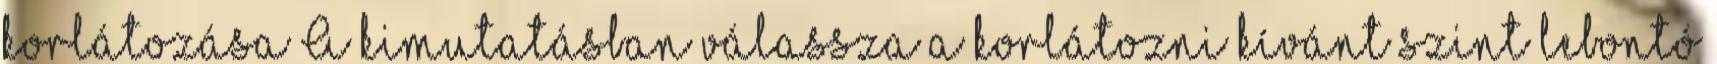
korlátozása A kimutatásban válassza a korlátozni kívánt szint lebontó